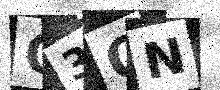
Text: O3ON